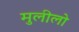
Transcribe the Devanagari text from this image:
मुलीलो